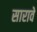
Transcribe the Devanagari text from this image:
सारावे